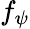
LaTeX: f_{\psi}